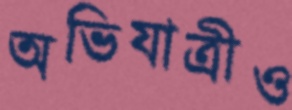
অভিযাত্রীও